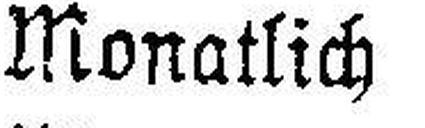
Monatlich